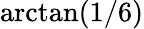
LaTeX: \arctan(1/6)